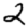
Digit: 2